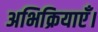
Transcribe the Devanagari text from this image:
अभिक्रियाएँ।